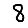
Digit: 8